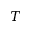
T